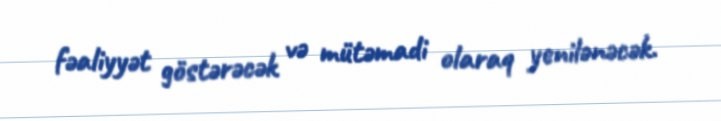
fəaliyyət göstərəcək və mütəmadi olaraq yenilənəcək.